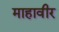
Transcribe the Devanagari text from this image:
माहावीर